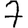
Digit: 7